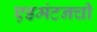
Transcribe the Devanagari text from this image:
एडमंटनची